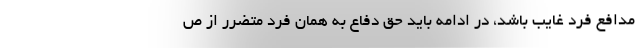
مدافع فرد غایب باشد، در ادامه باید حق دفاع به همان فرد متضرر از ص